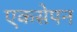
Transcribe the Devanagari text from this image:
एकसेपन